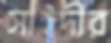
সাইদীর